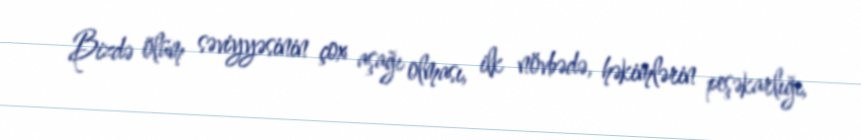
Bizdə ölüm səviyyəsinin çox aşağı olması, ilk növbədə, həkimlərin peşəkarlığı,